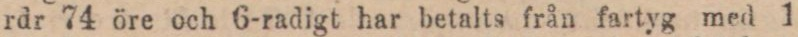
rdr 74 öre och 6-radigt har betalts från fartyg med 1